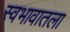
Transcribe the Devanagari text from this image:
स्वभावातला